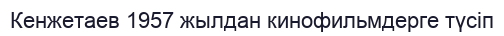
Кенжетаев 1957 жылдан кинофильмдерге түсіп